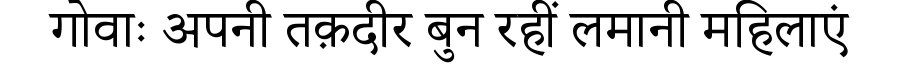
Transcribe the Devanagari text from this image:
गोवाः अपनी तक़दीर बुन रहीं लमानी महिलाएं